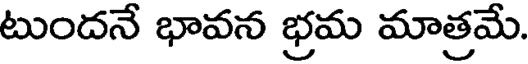
టుందనే భావన భ్రమ మాత్రమే.